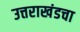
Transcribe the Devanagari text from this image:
उत्तराखंडचा